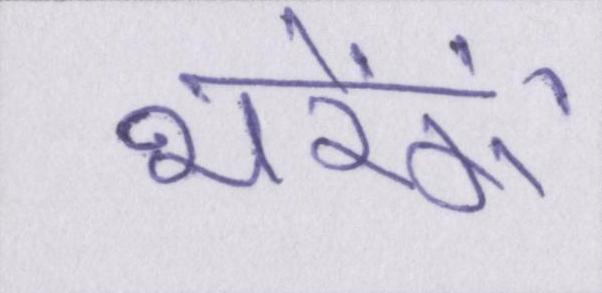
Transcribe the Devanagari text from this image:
भरेंगे